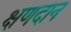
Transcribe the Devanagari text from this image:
क्षणदान